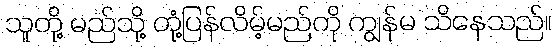
သူတို့ မည်သို့ တုံ့ပြန်လိမ့်မည်ကို ကျွန်မ သိနေသည်။